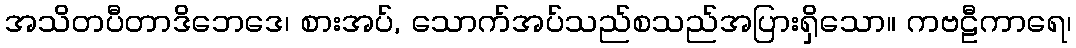
အသိတပီတာဒိဘေဒေ၊ စားအပ်, သောက်အပ်သည်စသည်အပြားရှိသော။ ကဗဠီကာရေ၊